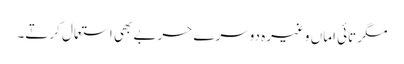
مگر تائی اماں وغیرہ دوسرے حربے بھی استعمال کرتے۔